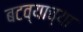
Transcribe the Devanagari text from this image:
बटव्याच्या